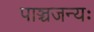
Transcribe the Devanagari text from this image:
पाञ्चजन्यः